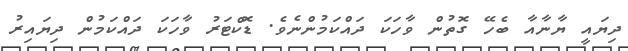
ދިޔައީ ޔާނާއާ ބެހޭ ގޮތުން ވާހަކަ ދައްކަމުންނެވެ. ޑޮކްޓަރު ވާހަކަ ދައްކަމުން ދިޔައިރު